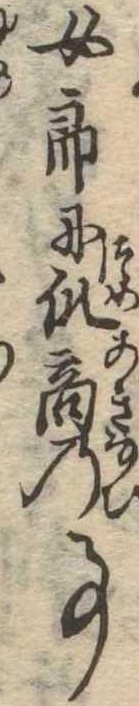
女郎に爪商の事